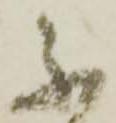
不